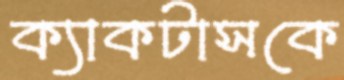
ক্যাকটাসকে